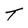
Character: T